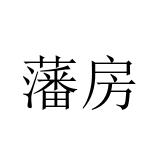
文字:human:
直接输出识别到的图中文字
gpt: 藩房